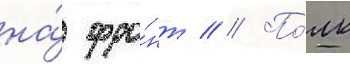
на́ фро́нт // По́лк